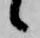
候